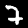
Digit: 7